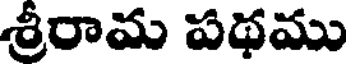
శ్రీరామ పథము